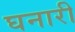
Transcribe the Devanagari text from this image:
घनारी